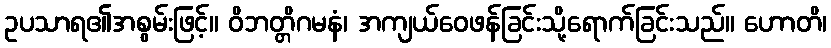
ဥပသာရ၏အစွမ်းဖြင့်။ ဝိဘတ္တိဂမနံ၊ အကျယ်ဝေဖန်ခြင်းသို့ရောက်ခြင်းသည်။ ဟောတိ၊